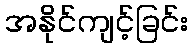
အနိုင်ကျင့်ခြင်း